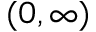
( 0 , \infty )